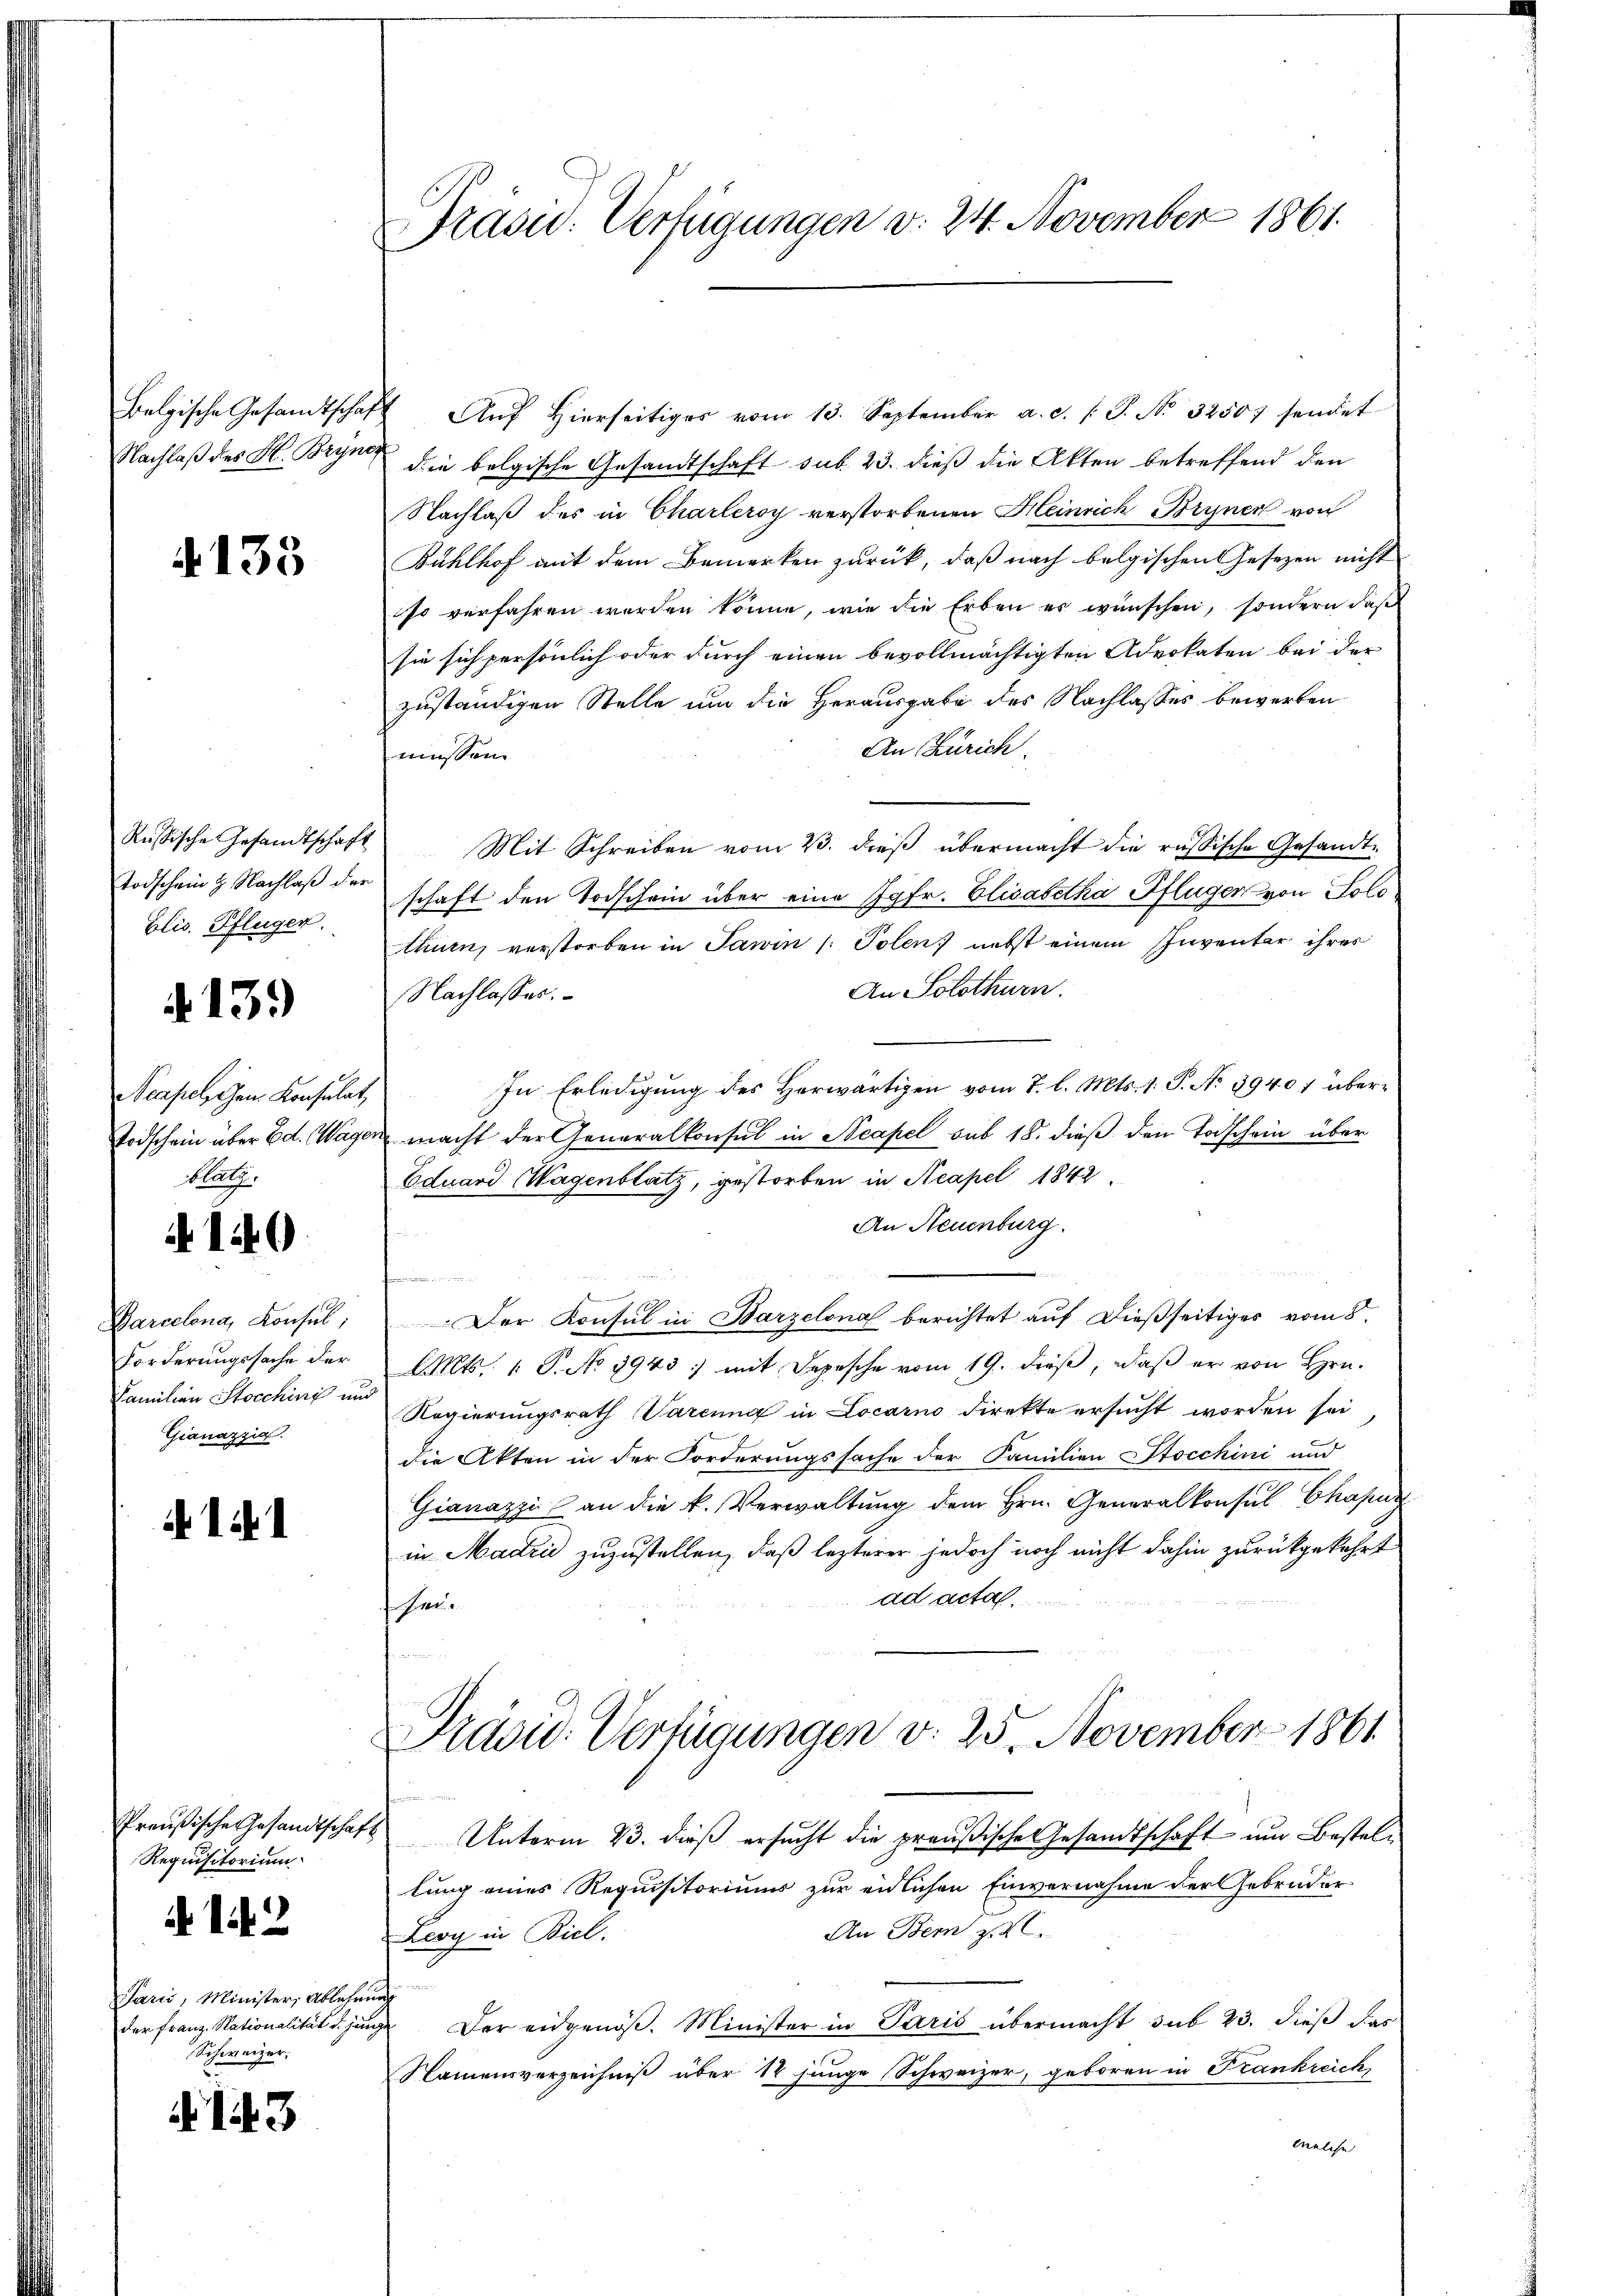
Belgische Gesandtschaf
Nachlaß des H. Bryne

4135

Russische Gesandtschaft
Todschein H. Nachlaß der
Elis. Pflüger.

413.

Neapelschen Konsulat
Todschein über Ed. Wagblätz

140

Parcelona, Konsul,
Forderungssache der
Familien Stocchini un
Gianazzia.

Ich

Preußische Gesandtschaf¬
Requisitorium

142

Jarić, Minister Ablehen
der Franz. Nationalität d. jun
Schweizer.

143

Prasid. Verfügungen v. 24. November 1861.

Aŭf Hierseitiges vom 13. September a. d. J. No. 3250) sendet
die bolgische Gesandtschaft sub. 23. dieß die Akten betreffend den
Nachlaß des in Charleroy verstorbenen Heinrich Bryner von
Bühlhof mit dem Bemerken zurück, daß nach belgischen Gesezen nicht
so verfahren werden könne, wie die Erben er wünschen, sondern daß
sie sich persönlich oder durch einen bevollmächtigten Advokaten bei der
zuständigen Stelle um die Herausgabe des Nachlasses bewerken
An Zürich.
müssen.
Mit Schreiben vom 23. dieß übermacht die russische Gesandtschaft den Todschein über eine Jgfr. Elisabetha Pflüger von Solothurn, verstorben in Pawin /: Polen nebst einem Inventar ihrer
An Solothurn.
Nachlasses.
In Erledigung des Herwärtigen vom 7. l. Mts. 1. S. No 39407 übermacht der Generalkonsul in Neapel sub 18. dieß den Todschein über
Eduard Hagenblatz, gestorben in Neapel 1842
An Neuenburg.
run
e
e
Der Konsul in Barzelona berichtet auf dießseitiges vom 8.
Mts. 1. P. No 3943; mit Depesche vom 19. dieß, daß er von Hrn.
Regierungsrath Vareung in Locarno direkte ersucht worden sei
die Akten in der Forderungssache der Familien-Stocchini und
Gianazzi an die k. Verwaltung dem Hrn. Generalkonsul Chapuz
in Madri zuzustellen, daß lezterer jedoch noch nicht dahin zurückgekehrt
ad acta.
 1
Präsid. Verfügungen v. 25. November 1861
n
Unterm 23. dieß ersucht die preußische Gesandtschaft um Bestellung eines Requisitoriums zur eidlichen Einvernahme der Gebrüder
An Dem zu
Leoy in Biel.
t
Der eidgenöß. Minister in Paris übermacht sub 23. dieß das
Namensverzeichniß über 12 junge Schweizer, geboren in Krankreich
welche |